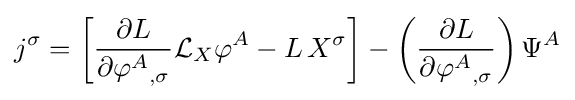
j^{\sigma }=\left[{\frac {\partial L}{\partial {\varphi ^{A}}_{,\sigma }}}{\mathcal {L}}_{X}\varphi ^{A}-L\,X^{\sigma }\right]-\left({\frac {\partial L}{\partial {\varphi ^{A}}_{,\sigma }}}\right)\Psi ^{A}